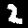
Digit: 2